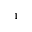
^ { 1 }